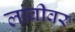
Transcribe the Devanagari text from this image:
लांबीवर